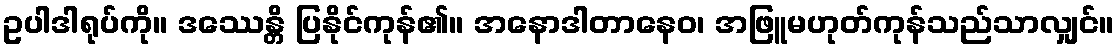
ဥပါဒါရုပ်ကို။ ဒဿေန္တိ ပြနိုင်ကုန်၏။ အနောဒါတာနေဝ၊ အဖြူမဟုတ်ကုန်သည်သာလျှင်။